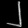
Digit: ၂